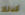
كذلك